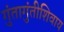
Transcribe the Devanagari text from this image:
गुंतागुंतीशिवाय